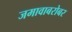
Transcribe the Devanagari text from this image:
जमावाबरोबर